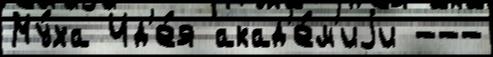
Му́ха Ид'е́я акад'е́м'иjи ---